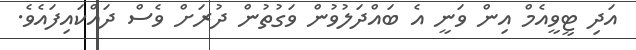
އަދި ޓީވީއެމް އިން ވަނީ އެ ބައްދަލުވުން ވަގުތުން ދުރަށް ވެސް ދައްކައިފައެވެ.